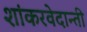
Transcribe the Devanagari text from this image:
शांकरवेदान्ती